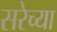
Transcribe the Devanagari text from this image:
सरेच्या